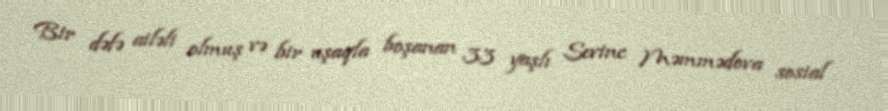
Bir dəfə ailəli olmuş və bir uşaqla boşanan 33 yaşlı Sevinc Məmmədova sosial